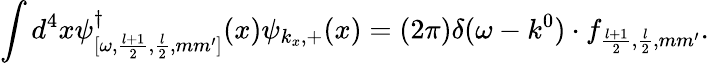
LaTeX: \int d^{4}x\psi_{[\omega,\frac{l+1}{2},\frac{l}{2},mm^{\prime}]}^{\dagger}(x)\psi_{k_{x},+}(x)=(2\pi)\delta(\omega-k^{0})\cdot f_{\frac{l+1}{2},\frac{l}{2},mm^{\prime}}.